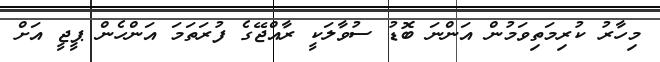
މިހާރު ކުރިމަތިވަމުން އަންނަ ބޮޑު ސުވާލަކީ ރާއްޖޭގެ ފުރަތަމަ އަންހެން ޕީޖީ އަށް